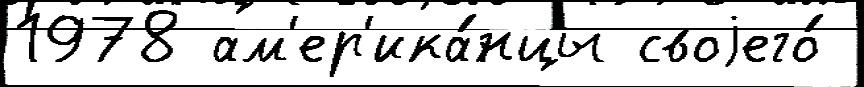
1978 ам'ер'ика́нцы своjего́